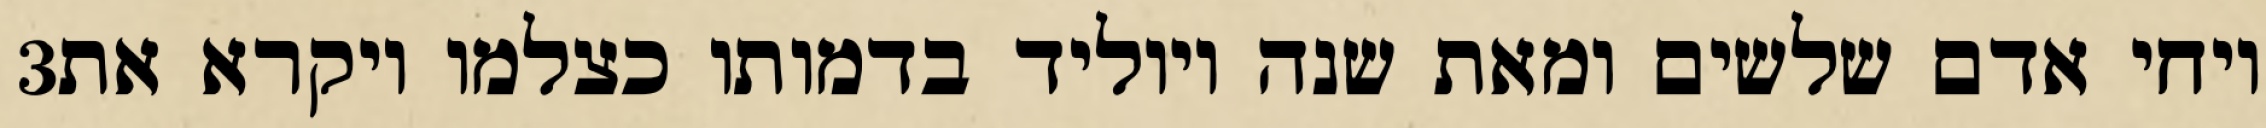
‎3‏ ויחי אדם שלשים ומאת שנה ויוליד בדמותו כצלמו ויקרא את